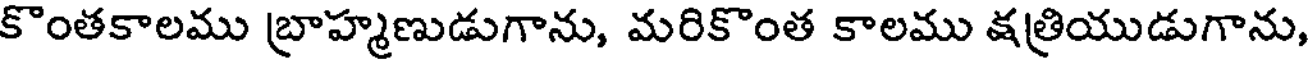
కొంతకాలము బ్రాహ్మణుడుగాను, మరికొంత కాలము క్షత్రియుడుగాను,